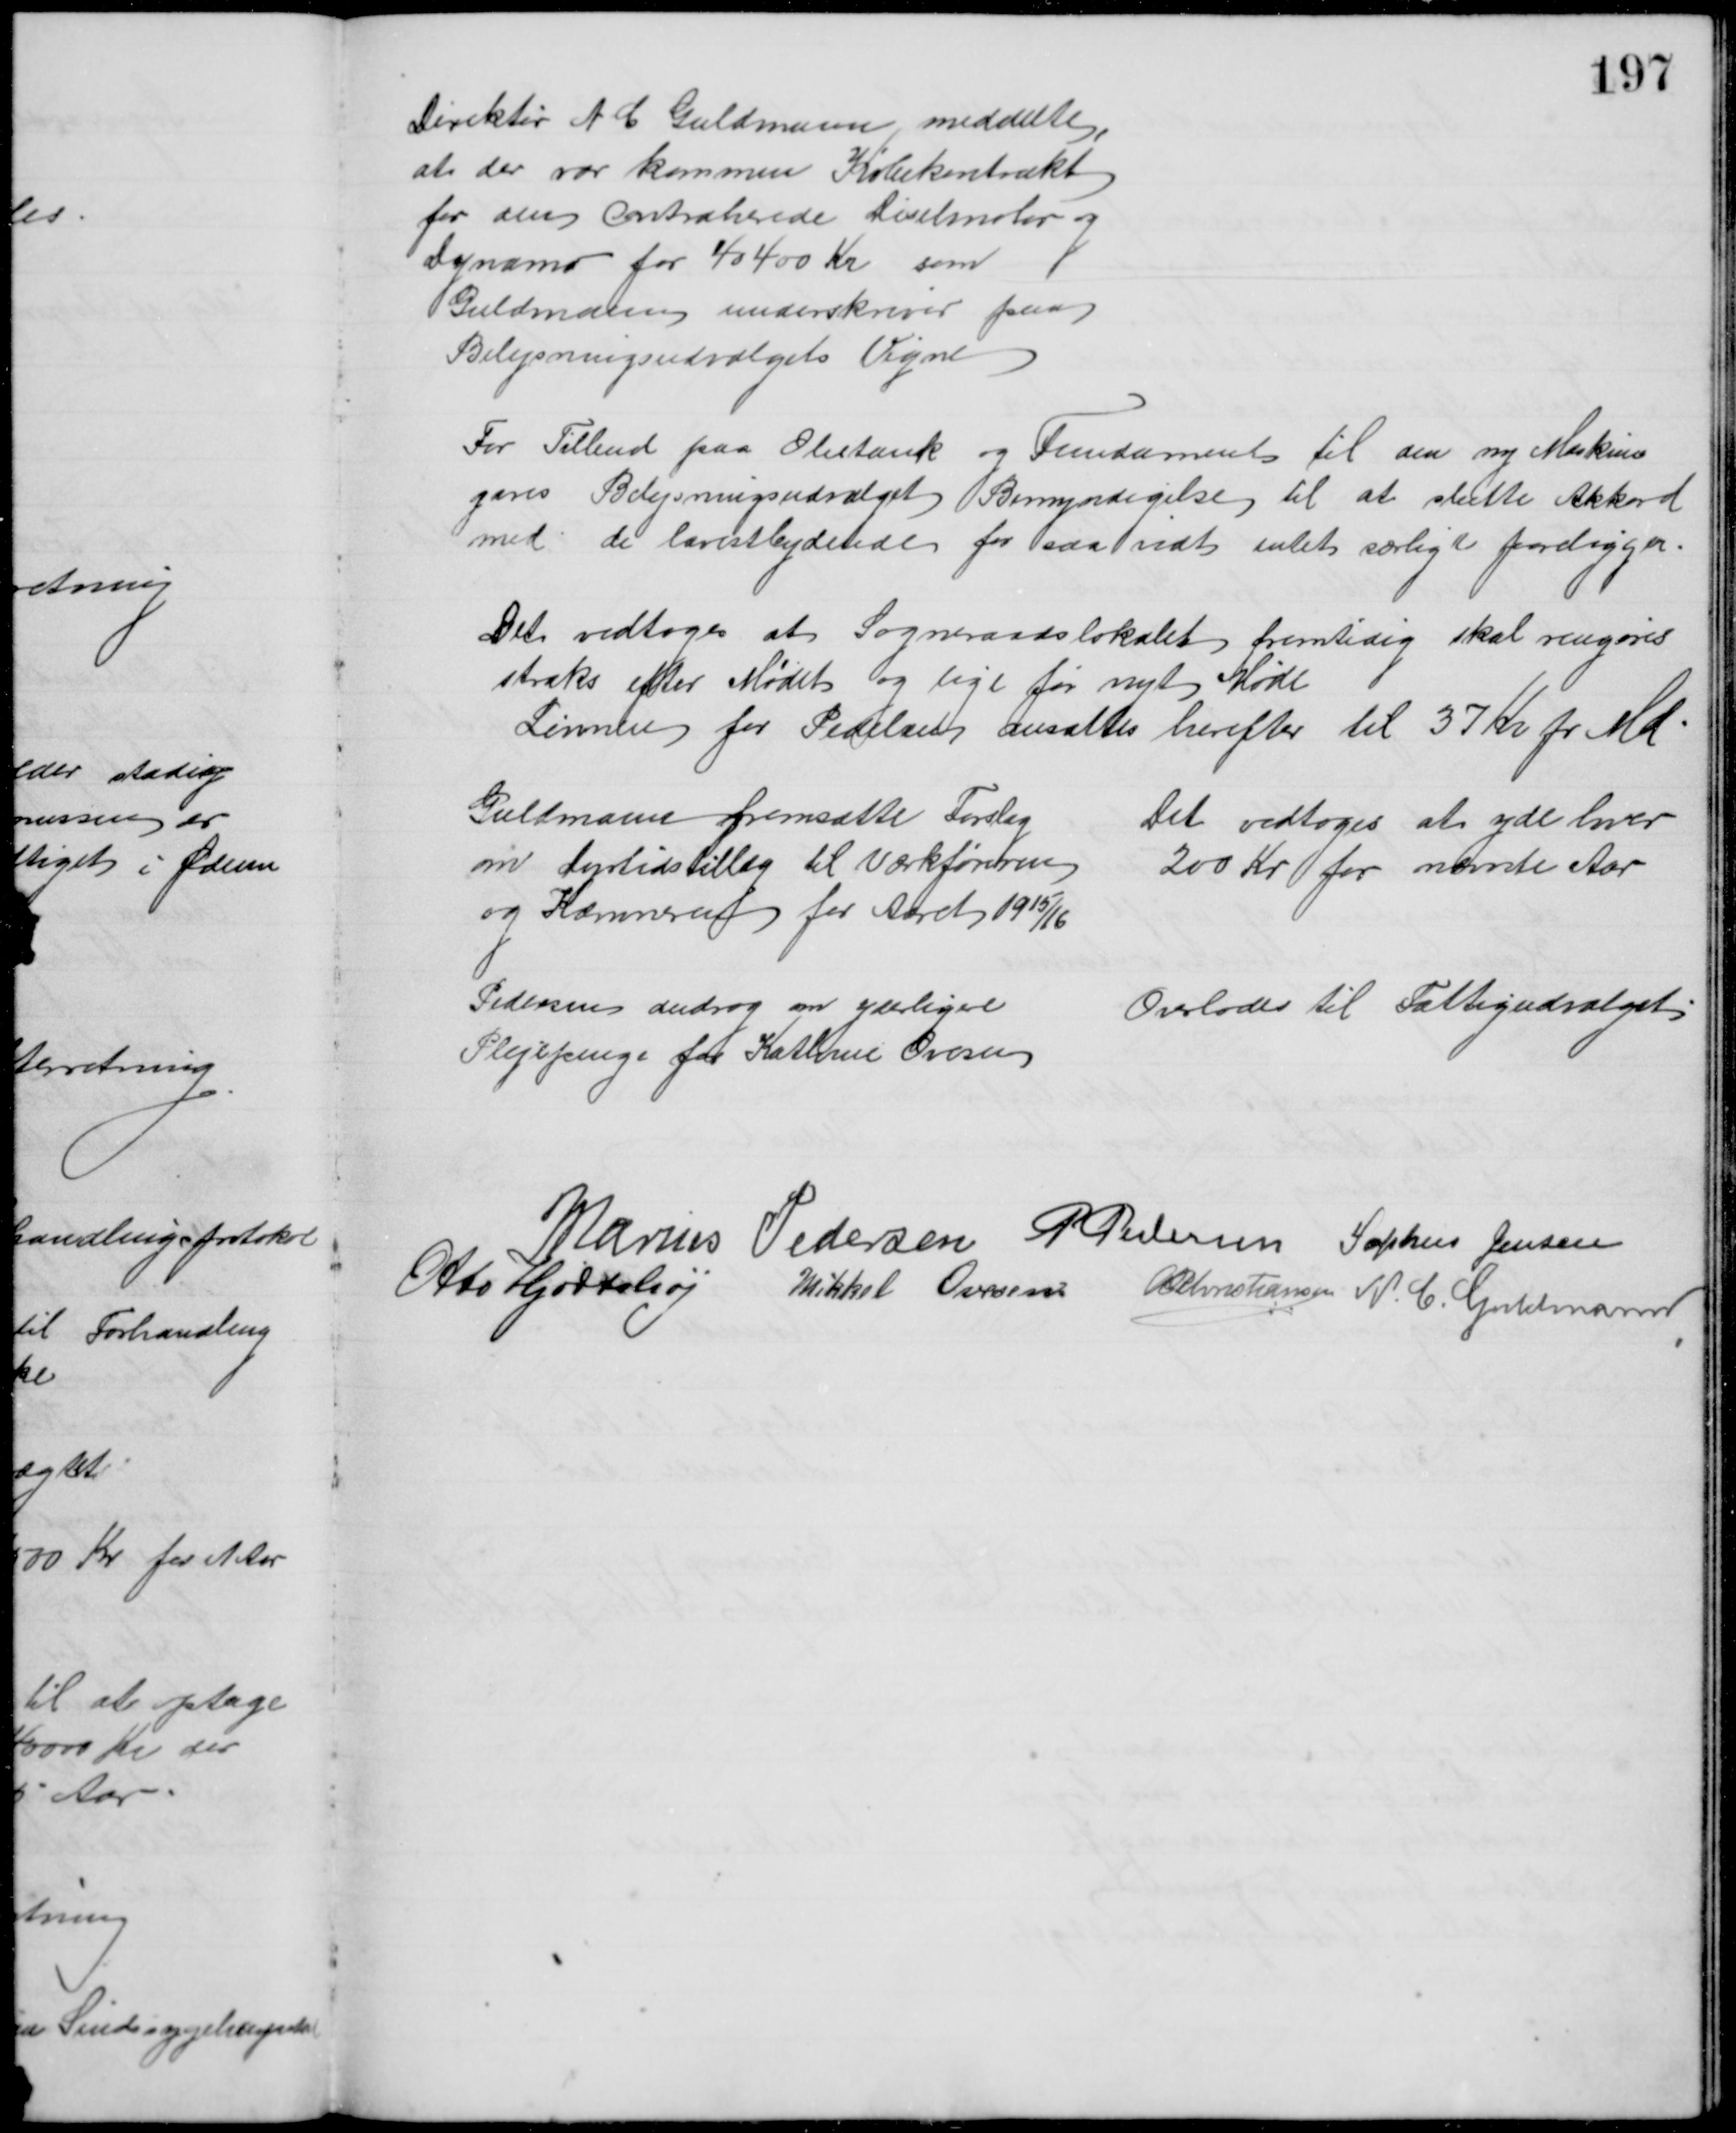
Transskription:
Direktør N C Guldmann meddelte,
at der var kommen Købekontrakt
for den contraherede Diselmotor og 
Dynamo for 40400 Kr som
Guldmann underskriver paa
Belysningsudvalgets Vegne
For Tilbud paa Olietank og Fundament til den ny Maskine
gives Belysningsudvalget Bemyndigelse til at slutte Akkord
med de lavestbydende for saa vidt intet særligt foreligger.
Det vedtoges at Sogneraadslokalet fremtidig skal rengøres 
straks efter Mødet og lige før nyt Møde
Lønnen for Pedelen ansattes herefter til 37 Kr pr Md
Guldmann fremsatte Forslag
om Dyrtidstillæg til Værkføreren
og Kæmneren for Aaret 1915/16
Det vedtoges at yde hver
200 Kr for nævnte Aar
Pedersen androg om yderligere
Plejepenge for Kathrine Ovesen
Overlodes til Fattigudvalget
Marius Pedersen P Pedersen Sophus Jensen
Otto Hjortshøj
Mikkel Oversen A P Christiansen N. C. Guldmann